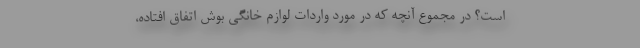
است؟ در مجموع آنچه که در مورد واردات لوازم خانگی بوش اتفاق افتاده،